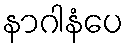
နာဂါနံပေ